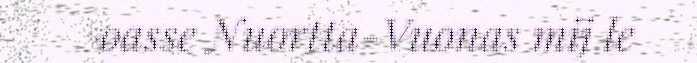
oasse Nuortta-Vuonas mij le